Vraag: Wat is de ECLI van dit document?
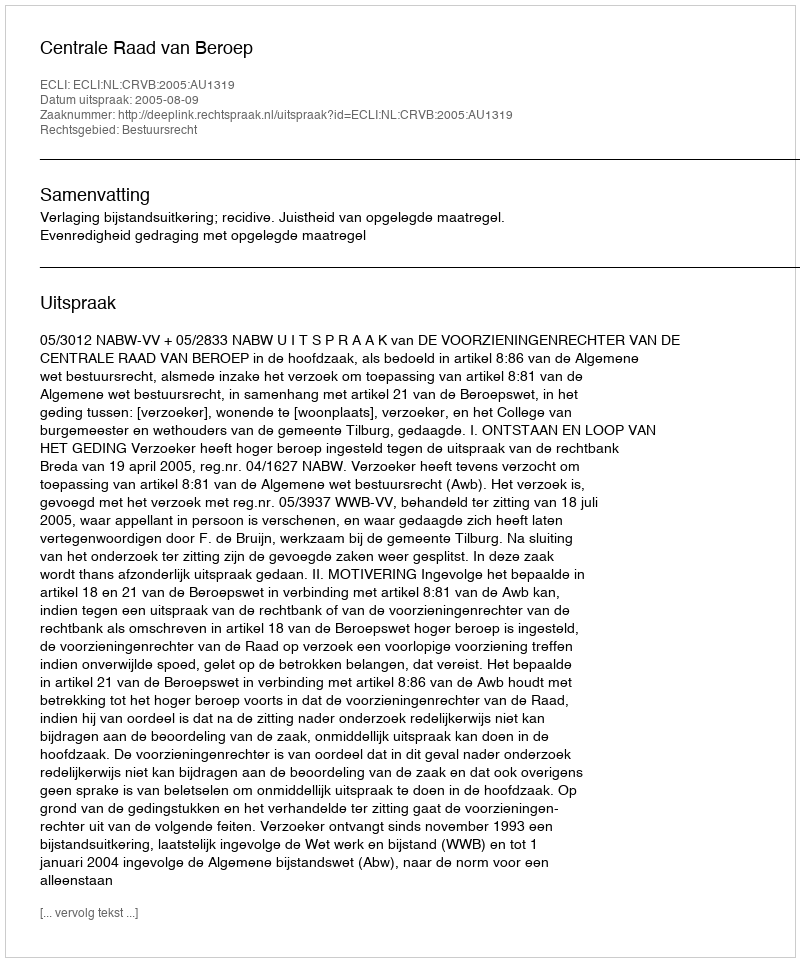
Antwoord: ECLI:NL:CRVB:2005:AU1319